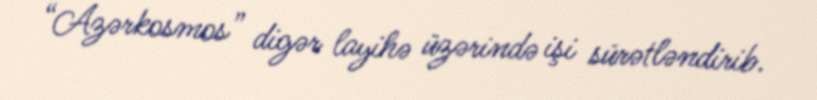
“Azərkosmos” digər layihə üzərində işi sürətləndirib.